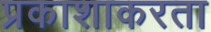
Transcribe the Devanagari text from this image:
प्रकाशाकरता